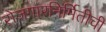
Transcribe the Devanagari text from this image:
रोजगारनिर्मितीची